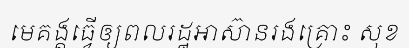
មេគង្គធ្វើឲ្យពលរដ្ឋអាស៊ានរងគ្រោះ សុខ